Civil Veterinary Dept. Bombay admin report 1900-1906 - 1900-1906
Year: 1900
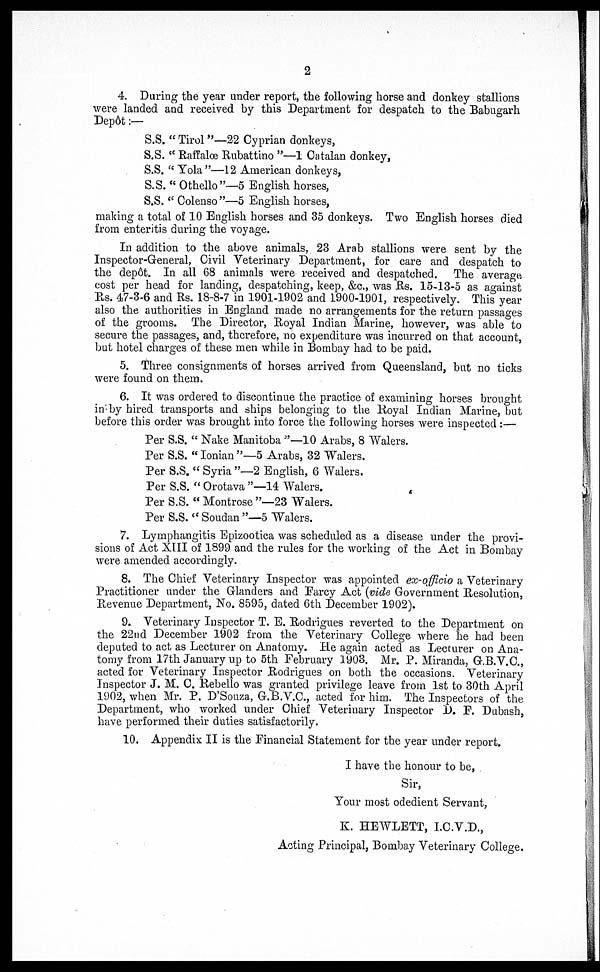
2
4. During the year under report, the following horse and donkey stallions
were landed and received by this Department for despatch to the Babugarh
Depôt :—
S.S. " Tirol "—22 Cyprian donkeys,
S.S. " Raffalœ Rubattino "—1 Catalan donkey,
S.S. " Yola "—12 American donkeys,
S.S. " Othello"—5 English horses,
S.S. " Colenso "—5 English horses,
making a total of 10 English horses and 35 donkeys. Two English horses died
from enteritis during the voyage.
In addition to the above animals, 23 Arab stallions were sent by the
Inspector-General, Civil Veterinary Department, for care and despatch to
the dep6t. In all 68 animals were received and despatched. The average
cost per head for landing, despatching, keep, &c., was Rs. 15-13-5 as against
Rs. 47-3-6 and Rs. 18-8-7 in 1901-1902 and 1900-1901, respectively. This year
also the authorities in England made no arrangements for the return passages
of the grooms. The Director, Royal Indian Marine, however, was able to
secure the passages, and, therefore, no expenditure was incurred on that account,
but hotel charges of these men while in Bombay had to be paid.
5. Three consignments of horses arrived from Queensland, but no ticks
were found on them.
6. It was ordered to discontinue the practice of examining horses brought
in by hired transports and ships belonging to the Royal Indian Marine, but
before this order was brought into force the following horses were inspected :—
Per S.S. " Nake Manitoba "—10 Arabs, 8 Walers.
Per S.S. " Ionian "—5 Arabs, 32 Walers.
Per S.S. " Syria "—2 English, 6 Walers.
Per S.S. " Orotava "—14 Walers.
Per S.S. " Montrose "—23 Walers.
Per S.S. " Soudan "—5 Walers.
7. Lymphangitis Epizootica was scheduled as a disease under the provi-
sions of Act XIII of 1899 and the rules for the working of the Act in Bombay
were amended accordingly.
8. The Chief Veterinary Inspector was appointed ex-officio a Veterinary
Practitioner under the Glanders and Farcy Act (vide Government Resolution,
Revenue Department, No. 8595, dated 6th December 1902).
9. Veterinary Inspector T. E. Rodrigues reverted to the Department on
the 22nd December 1902 from the Veterinary College where he had been
deputed to act as Lecturer on Anatomy. He again acted as Lecturer on Ana-
tomy from 17th January up to 5th February 1903. Mr. P. Miranda, G.B.V.C,
acted for Veterinary Inspector Rodrigues on both the occasions. Veterinary
Inspector J. M. C. Rebello was granted privilege leave from 1st to 30th April
1902, when Mr. P. D'Souza, G.B.V.C, acted for him. The Inspectors of the
Department, who worked under Chief Veterinary Inspector 1). E. Dubash,
have performed their duties satisfactorily.
10. Appendix II is the Financial Statement for the year under report.
I have the honour to be,
Sir,
Your most odedient Servant,
K. HEWLETT, I.C.V.D.,
Acting Principal, Bombay Veterinary College.